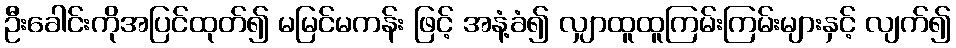
ဦးခေါင်းကိုအပြင်ထုတ်၍ မမြင်မကန်း ဖြင့် အနံ့ခံ၍ လျှာထူထူကြမ်းကြမ်းများနှင့် လျက်၍